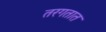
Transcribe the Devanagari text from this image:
तरगतात